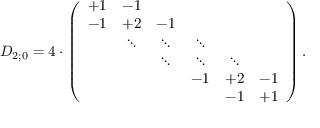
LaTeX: D _ { 2 ; 0 } = 4 \cdot \left( \begin{array} { c c c c c c } { { + 1 } } & { { - 1 } } & { { } } & { { } } & { { } } & { { } } \\ { { - 1 } } & { { + 2 } } & { { - 1 } } & { { } } & { { } } & { { } } \\ { { } } & { { \ddots } } & { { \ddots } } & { { \ddots } } & { { } } & { { } } \\ { { } } & { { } } & { { \ddots } } & { { \ddots } } & { { \ddots } } & { { } } \\ { { } } & { { } } & { { } } & { { - 1 } } & { { + 2 } } & { { - 1 } } \\ { { } } & { { } } & { { } } & { { } } & { { - 1 } } & { { + 1 } } \end{array} \right) .